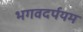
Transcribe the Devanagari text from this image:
भगवदर्पयम